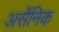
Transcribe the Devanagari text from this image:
अर्सेनिक